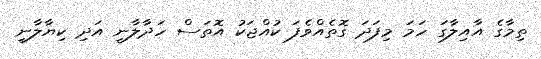
ތިމާގެ އާއިލާގަ ހަމަ މިފަދަ ގޮތެއްވެފަ ކުއްޖަކު އޮތަސް ހަދާލާނީ އަދި ކިޔާލާނީ